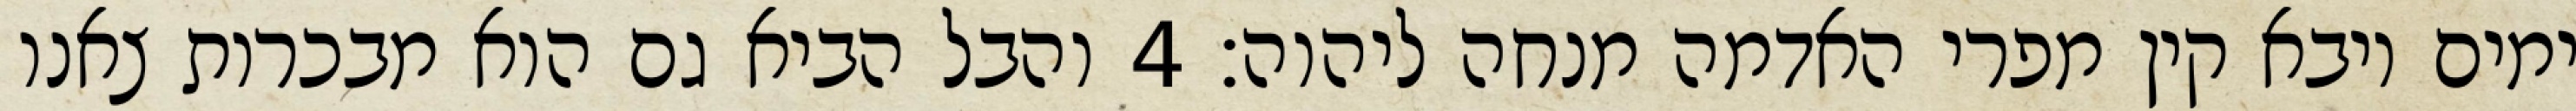
ימים ויבא קין מפרי האדמה מנחה ליהוה׃ ‎4‏ והבל הביא גם הוא מבכרות צאנו